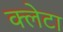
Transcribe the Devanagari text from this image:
क्लेटा